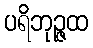
ပရိဘုဉ္ဇထ